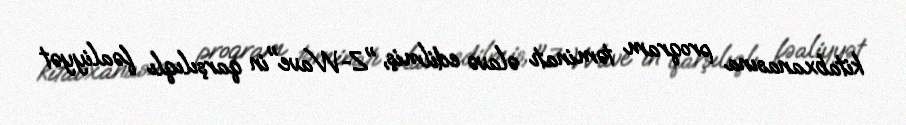
kitabxanasına proqram təminatı əlavə edilmiş, "Z-Wave"in qarşılıqlı fəaliyyət